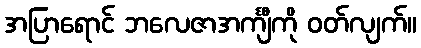
အပြာရောင် ဘလေဇာအင်္ကျီကို ဝတ်လျက်။